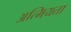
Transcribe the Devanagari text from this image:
अत्मियता